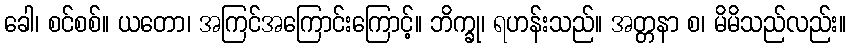
ခေါ၊ စင်စစ်။ ယတော၊ အကြင်အကြောင်းကြောင့်။ ဘိက္ခု၊ ရဟန်းသည်။ အတ္တနာ စ၊ မိမိသည်လည်း။